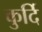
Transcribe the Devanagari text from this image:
कुर्दि